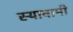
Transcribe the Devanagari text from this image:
स्यावामी